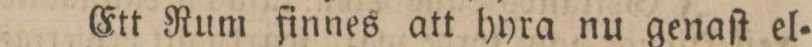
Ett Rum finnes att hyra nu genaſt el=